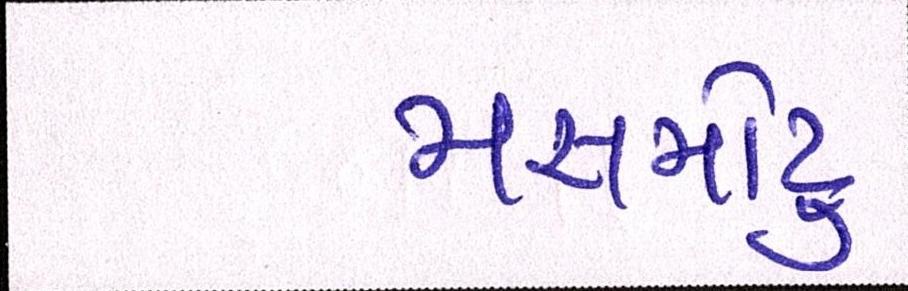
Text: મસમોટુ